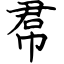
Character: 帬